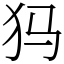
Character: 犸